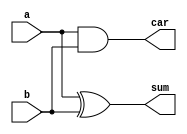
module half_adder(a,b,sum,car);

input a,b;
output sum,car;

xor (sum,a,b);
and (car,a,b);

endmodule